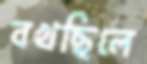
বখছিলে